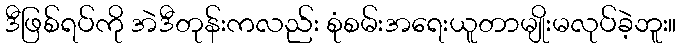
ဒီဖြစ်ရပ်ကို အဲဒီတုန်းကလည်း စုံစမ်းအရေးယူတာမျိုးမလုပ်ခဲ့ဘူး။